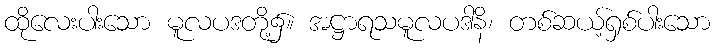
ထိုလေးပါးသော မူလပဒတို့၌။ အဋ္ဌာရသမူလပဒါနိ၊ တစ်ဆယ့်ရှစ်ပါးသော